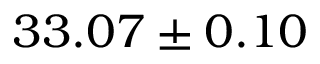
3 3 . 0 7 \pm 0 . 1 0